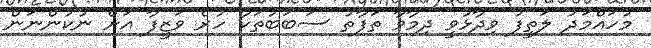
މުހައްމަދު ލަތީފު ވިދާޅުވީ ދިމާވާ ތަފާތު ސަބަބުތަކާ ހުރެ ވަޒީފާ އަށް ނުކުންނަން